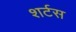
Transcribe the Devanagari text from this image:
शर्टस